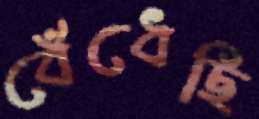
বেঁধেছি